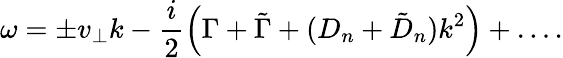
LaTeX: \omega=\pm v_{\perp}k-\frac{i}{2}\left(\Gamma+\tilde{\Gamma}+(D_{n}+\tilde{D}_{n})k^{2}\right)+\ldots.